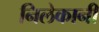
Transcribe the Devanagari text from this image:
निलेकानी